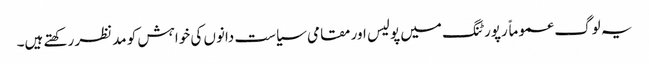
یہ لوگ عموماً رپورٹنگ میں پولیس اور مقامی سیاست دانوں کی خواہش کو مدنظر رکھتے ہیں۔